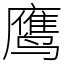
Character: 鹰